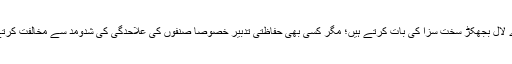
ہمارے لال بجھکڑ سخت سزا کی بات کرتے ہیں؛ مگر کسی بھی حفاظتی تدبیر خصوصاً صنفوں کی علاحدگی کی شدومد سے مخالفت کرتے ہیں۔